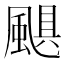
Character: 颶